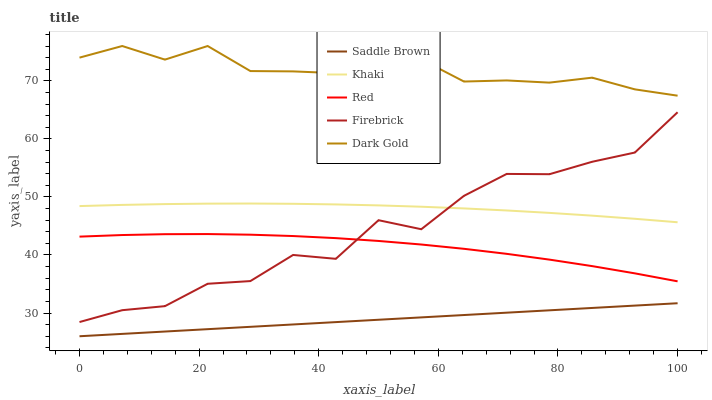
| xaxis_label | Saddle Brown | Khaki | Red | Firebrick | Dark Gold |
 | --- | --- | --- | --- | --- | --- |
 | 0 | 26 | 48.4 | 43.2 | 28.4 | 74 |
 | 7.14 | 26.4 | 48.6 | 43.4 | 30.5 | 76 |
 | 14.3 | 26.8 | 48.8 | 43.6 | 31.2 | 73.7 |
 | 21.4 | 27.2 | 48.8 | 43.6 | 35 | 76 |
 | 28.6 | 27.6 | 48.9 | 43.5 | 35.5 | 71.7 |
 | 35.7 | 28 | 48.8 | 43.3 | 40 | 71.6 |
 | 42.9 | 28.4 | 48.7 | 42.9 | 39.3 | 71.3 |
 | 50 | 28.8 | 48.5 | 42.4 | 46 | 71.1 |
 | 57.1 | 29.2 | 48.3 | 41.8 | 44.4 | 73.7 |
 | 64.3 | 29.7 | 48 | 41.1 | 50.2 | 69.9 |
 | 71.4 | 30.1 | 47.7 | 40.2 | 54 | 70.1 |
 | 78.6 | 30.5 | 47.3 | 39.2 | 53.9 | 69.7 |
 | 85.7 | 30.9 | 46.8 | 38.1 | 56.1 | 70.5 |
 | 92.9 | 31.3 | 46.2 | 36.8 | 57.6 | 68.5 |
 | 100 | 31.7 | 45.6 | 35.5 | 64.6 | 67.4 |